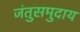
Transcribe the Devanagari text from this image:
जंतुसमुदाय